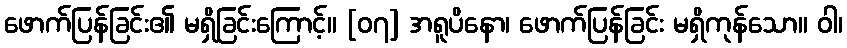
ဖောက်ပြန်ခြင်း၏ မရှိခြင်းကြောင့်။ [၀၇] အရူပိနော၊ ဖောက်ပြန်ခြင်း မရှိကုန်သော။ ဝါ၊